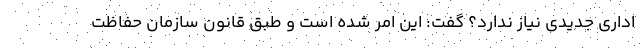
اداری جدیدی نیاز ندارد؟ گفت: این امر شده است و طبق قانون سازمان حفاظت